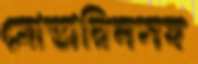
মোস্তারিনসহ